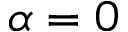
{ \alpha = 0 }